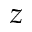
z